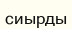
сиырды